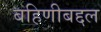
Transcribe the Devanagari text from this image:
बहिणीबद्दल